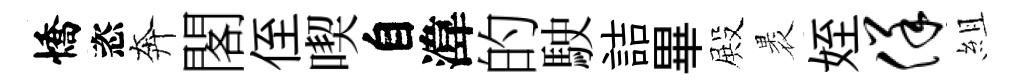
憍恣奔閣侄喫自湋的駛詰畢殿褁姪佯組